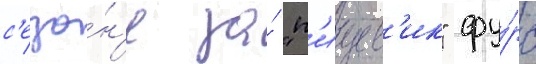
с'езо́н'е за́ "п'ищев'ик" фу́рс